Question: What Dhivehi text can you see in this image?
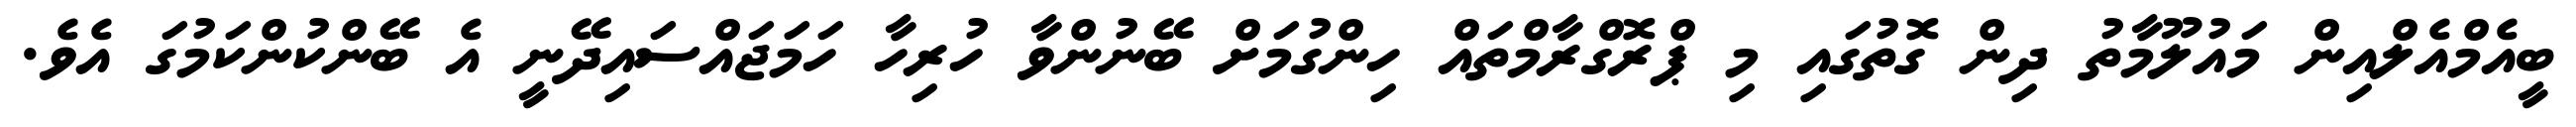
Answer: ބީއެމްއެލްއިން މައުލޫމާތު ދިން ގޮތުގައި މި ޕްރޮގްރާމްތައް ހިންގުމަށް ބޭނުންވާ ހުރިހާ ހަމަޖައްސައިދޭނީ އެ ބޭންކުންކަމުގަ އެވެ.